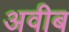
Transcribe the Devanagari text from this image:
अवीब